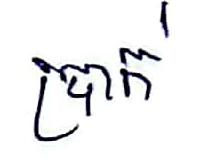
ប្រាក់